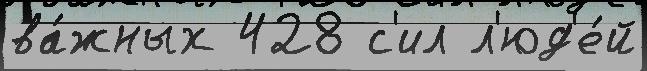
ва́жных 428 с'ил л'юд'е́й